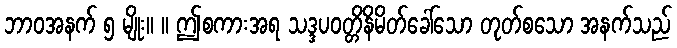
ဘာဝအနက် ၅ မျိုး။ ။ ဤစကားအရ သဒ္ဒပဝတ္တိနိမိတ်ခေါ်သော တုတ်စသော အနက်သည်